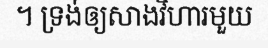
។ ទ្រង់ឲ្យសាងវិហារមួយ